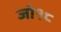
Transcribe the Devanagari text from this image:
जो१८